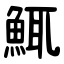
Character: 鮿